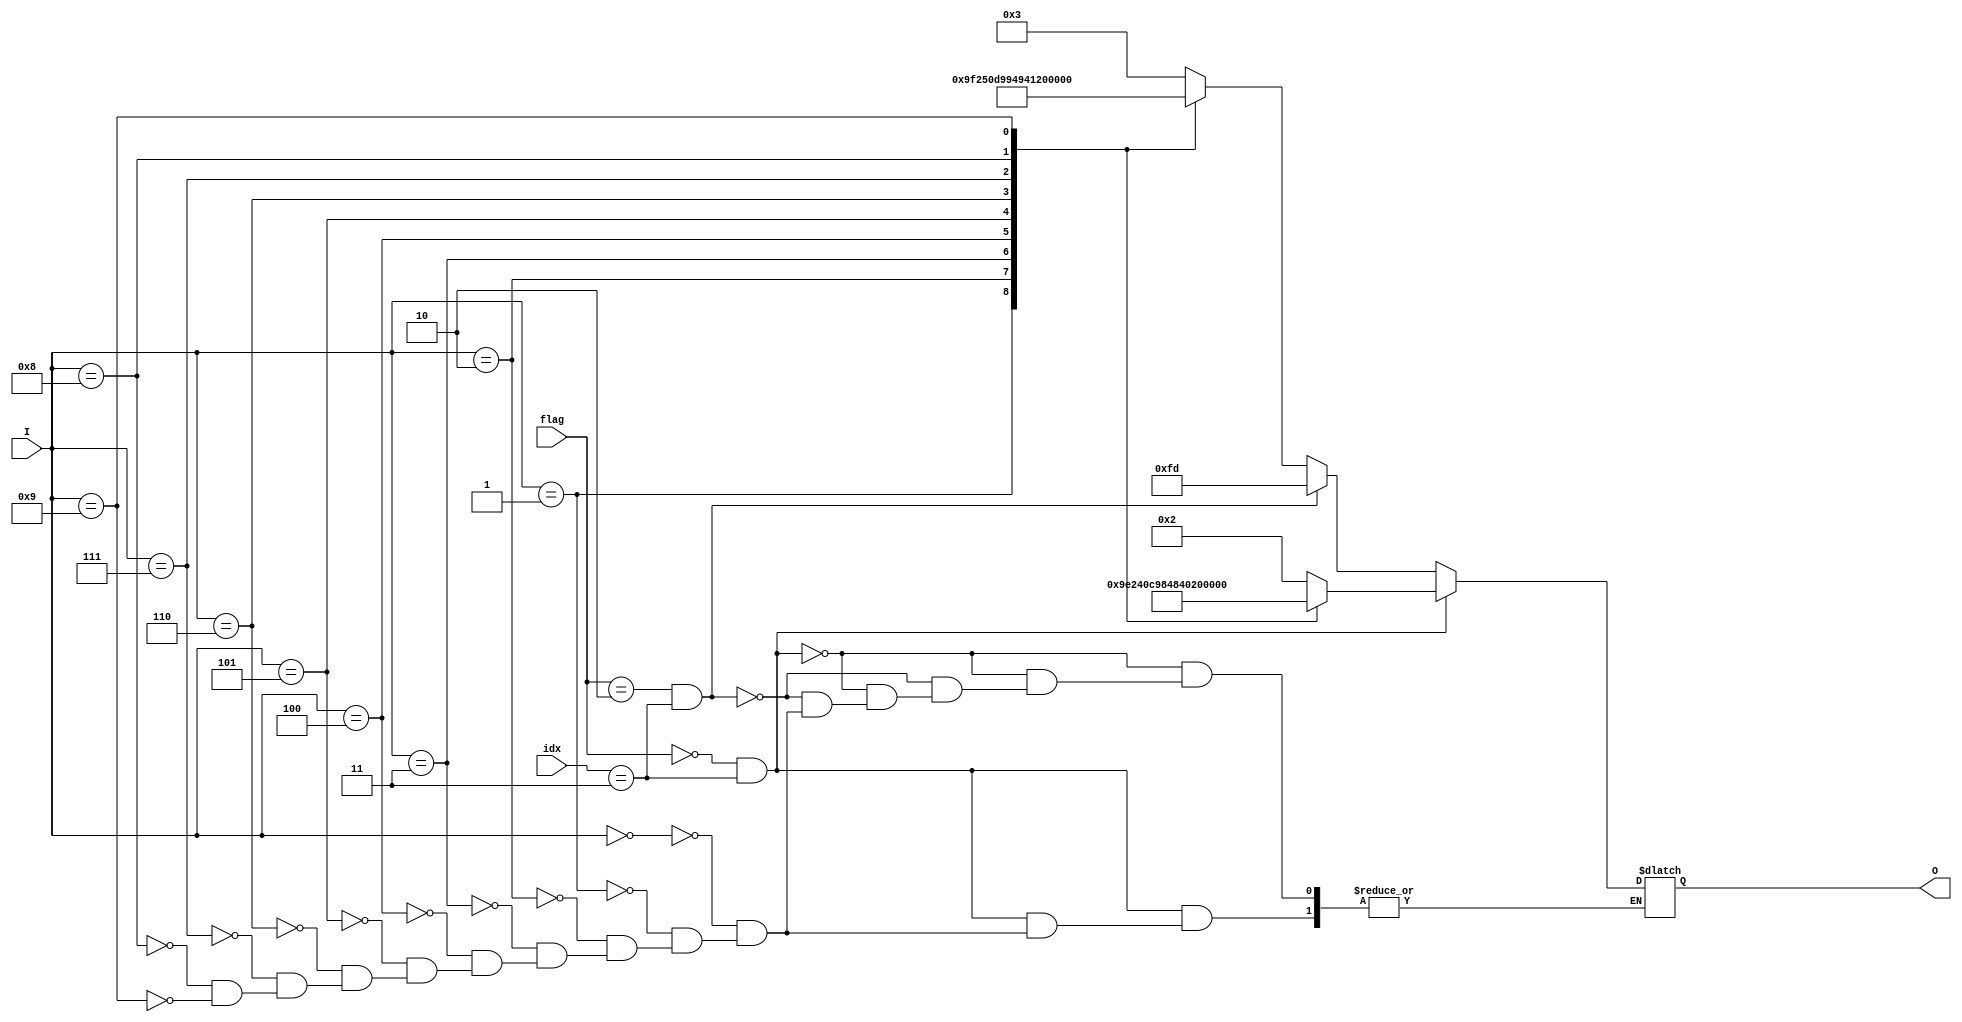
`timescale 1ns / 1ps
//////////////////////////////////////////////////////////////////////////////////
// Company: 
// Engineer: 
// 
// Design Name: 
// Module Name: bcd
// Project Name: 
// Target Devices: 
// Tool Versions: 
// Description: 
// 
// Dependencies: 
// 
// Revision:
// Revision 0.01 - File Created
// Additional Comments:
// 
//////////////////////////////////////////////////////////////////////////////////

module bcdtosevensegment(input [3:0]I, input [2:0] flag, idx, output reg[7:0]O);
    always @(I)
    begin
        if (flag == 0 && idx == 3) begin
             case(I) 
                0 : O = 8'b00000010;
                1 : O = 8'b10011110;
                2 : O = 8'b00100100;
                3 : O = 8'b00001100;
                4 : O = 8'b10011000;
                5 : O = 8'b01001000;
                6 : O = 8'b01000000;
                7 : O = 8'b00011110;
                8 : O = 8'b00000000;
                9 : O = 8'b00001000;
            endcase       
        end
        else if (flag == 2 && idx == 3)
            O = 8'b11111101;
        else
            case(I) 
                0 : O = 8'b00000011;
                1 : O = 8'b10011111;
                2 : O = 8'b00100101;
                3 : O = 8'b00001101;
                4 : O = 8'b10011001;
                5 : O = 8'b01001001;
                6 : O = 8'b01000001;
                7 : O = 8'b00011111;
                8 : O = 8'b00000001;
                9 : O = 8'b00001001;
            endcase
    end
endmodule